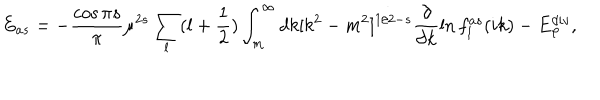
E _ { a s } = - { \frac { \cos { \pi s } } { \pi } } \mu ^ { 2 s } \sum _ { l } ( l + \frac 1 2 ) \int _ { m } ^ { \infty } d k [ k ^ { 2 } - m ^ { 2 } ] ^ { 1 / 2 - s } \frac { \partial } { \partial k } \ln f _ { l } ^ { a s } ( i k ) - E _ { \varphi } ^ { d i v } ,